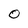
Character: O